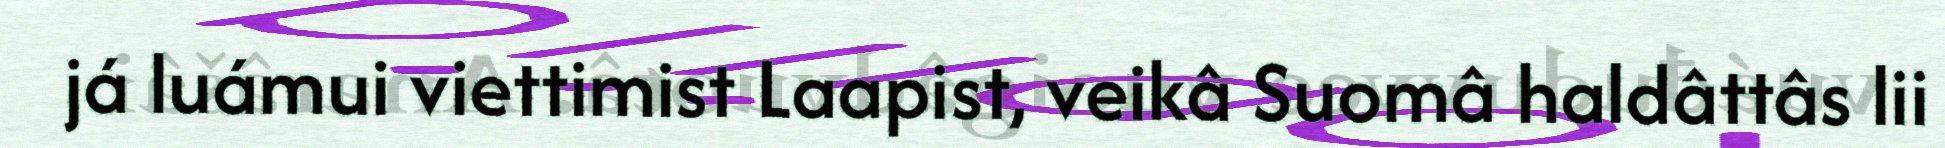
já luámui viettimist Laapist, veikâ Suomâ haldâttâs lii